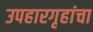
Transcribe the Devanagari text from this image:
उपहारगृहांचा